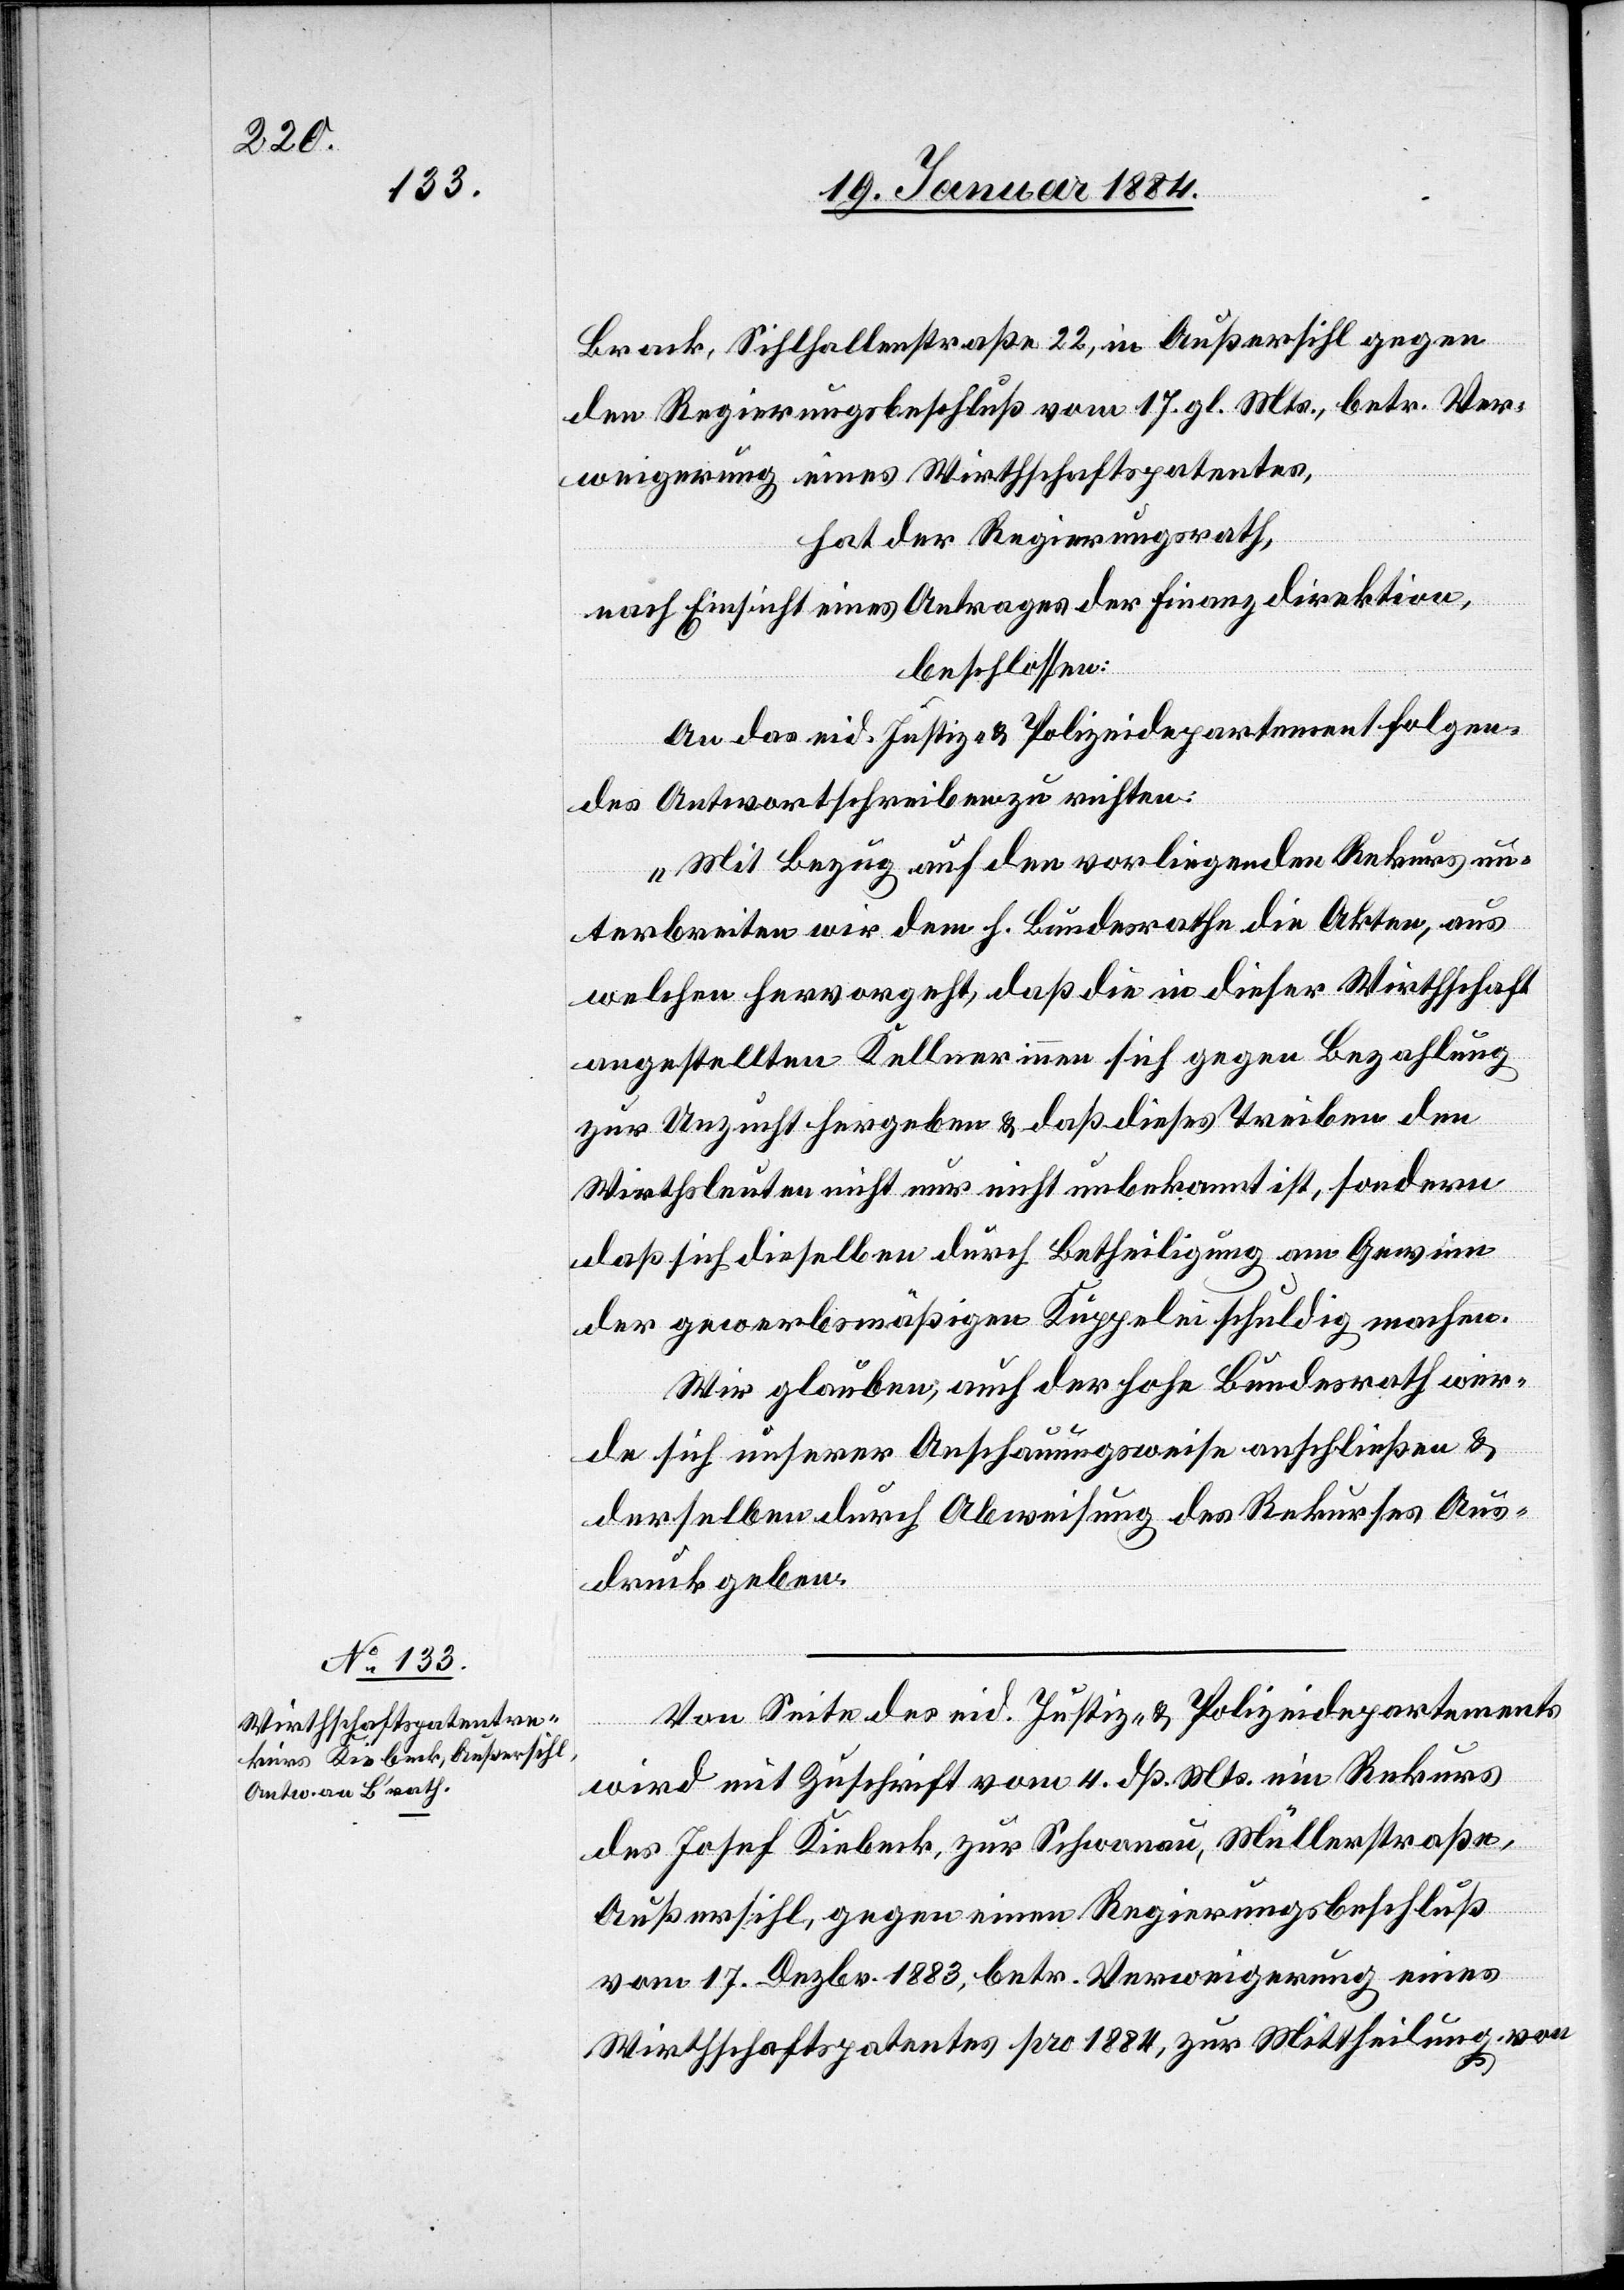
Brack, Sihlhallenstraße 22, in Außersihl gegen
den Regierungsbeschluß vom 17. gl. Mts., betr. Ver¬
weigerung eines Wirthschaftspatentes,
hat der Regierungsrath,
nach Einsicht eines Antrages der Finanzdirektion,
beschlossen:
An das eid. Justiz- & Polizeidepartement folgen¬
des Antwortschreiben zu richten:
„Mit Bezug auf den vorliegenden Rekurs un¬
terbreiten wird dem h. Bundesrathe die Akten, aus
welchen hervorgeht, daß die in dieser Wirthschaft
angestellten Kellnerinnen sich gegen Bezahlung
zur Unzucht hergeben & daß dieses Treiben den
Wirthsleuten nicht nur nicht unbekannt ist, sondern
daß sich dieselben durch Betheiligung am Gewinn
der gewerbsmäßigen Kuppelei schuldig machen.
Wir glauben, auch der hohe Bundesrath wer¬
de sich unserer Anschauungsweise anschließen &
derselben durch Abweisung des Rekurses Aus¬
druck geben.“
Von Seite des eid. Justiz- & Polizeidepartements
wird mit Zuschrift vom 4. dß. Mts. ein Rekurs
des Josef Kiebeck, zur Schwanau, Müllerstraße,
Außersihl, gegen einen Regierungsbeschluß
vom 17. Dezbr. 1883, betr. Verweigerung eines
Wirthschaftspatentes pro 1884, zur Mittheilung von